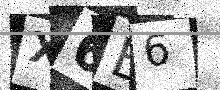
Text: X6B6